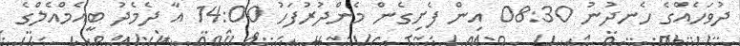
ދުވަހެއްގެ ހެނދުނު 08:30 އިން ފެށިގެން މެންދުރުފަހު 14:00 އާ ދެމެދު ބީއެމްއެލްގެ